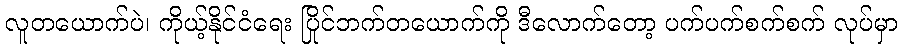
လူတယောက်ပဲ၊ ကိုယ့်နိုင်ငံရေး ပြိုင်ဘက်တယောက်ကို ဒီလောက်တော့ ပက်ပက်စက်စက် လုပ်မှာ